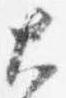
大